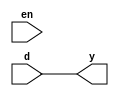
module buffer_assign(input d,input en,output y);
assign y=d;
endmodule